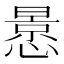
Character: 𭞳